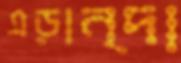
এড়ান্দা